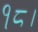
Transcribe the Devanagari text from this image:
१८।